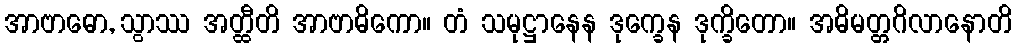
အာဗာဓော, သွာဿ အတ္ထီတိ အာဗာဓိကော။ တံ သမုဋ္ဌာနေန ဒုက္ခေန ဒုက္ခိတော။ အဓိမတ္တဂိလာနောတိ